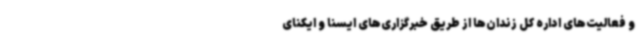
و فعالیت‌های اداره کل زندان‌ها از طریق خبرگزاری‌های ایسنا و ایکنای